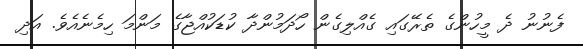
ފެނުނު ދެ މީހުންގެ ތެރޭގައި ގެއްލިގެން ހޯދަމުންދާ ކުޑަކުއްޖާގެ މަންމަ ހިމެނެއެވެ. އަދި